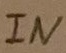
Text: IN